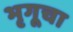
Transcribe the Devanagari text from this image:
भृगूचा